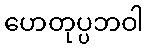
ဟေတုပ္ပဘဝါ